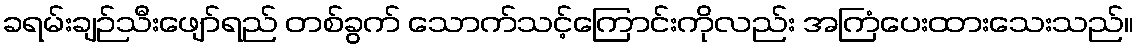
ခရမ်းချဉ်သီးဖျော်ရည် တစ်ခွက် သောက်သင့်ကြောင်းကိုလည်း အကြံပေးထားသေးသည်။